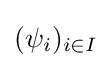
(\psi _{i})_{i\in I}